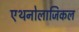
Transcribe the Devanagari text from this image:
एथनोलाजिकल